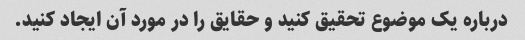
درباره یک موضوع تحقیق کنید و حقایق را در مورد آن ایجاد کنید.